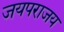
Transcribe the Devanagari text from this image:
जयपराजय